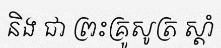
និង ជា ព្រះគ្រូសូត្រ ស្តាំ